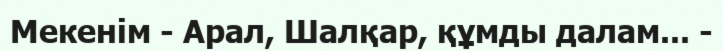
Мекенім - Арал, Шалқар, құмды далам... -